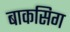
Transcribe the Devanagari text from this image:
बाकसिग